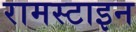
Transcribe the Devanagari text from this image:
रामस्टाइन